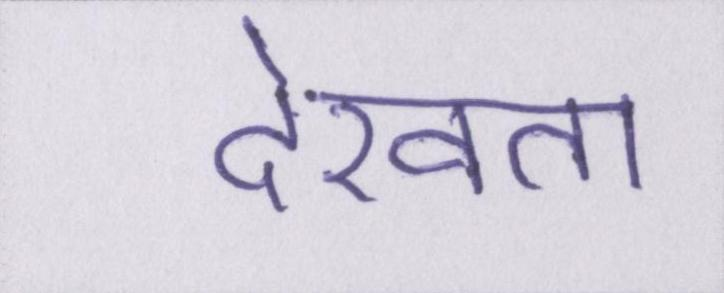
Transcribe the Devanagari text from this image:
देखता